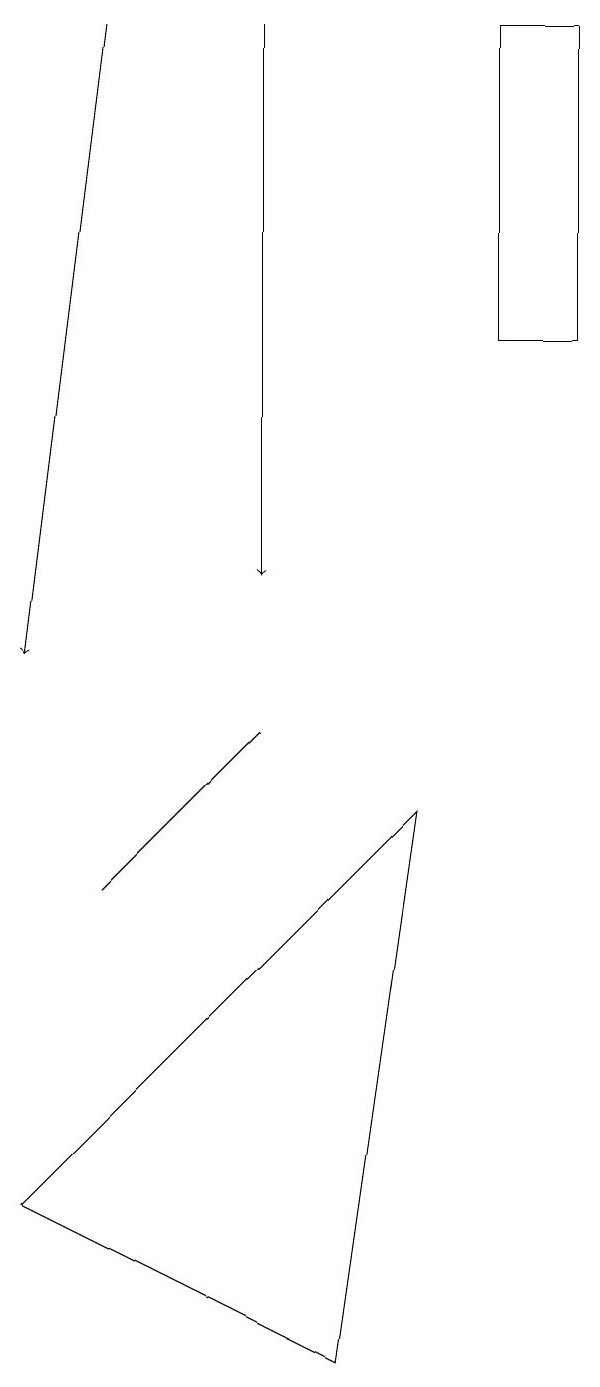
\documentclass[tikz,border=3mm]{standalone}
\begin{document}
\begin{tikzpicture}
\draw[->] (2,18) -- (1,10);
\draw (4,9) -- (2,7) -- (3,8) -- cycle;
\draw (7,18) rectangle (8,14);
\draw (6,8) -- (1,3) -- (5,1) -- cycle;
\draw[->] (4,18) -- (4,11);
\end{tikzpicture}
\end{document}